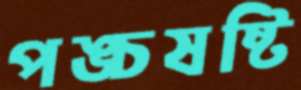
পঙ্চষষ্টি